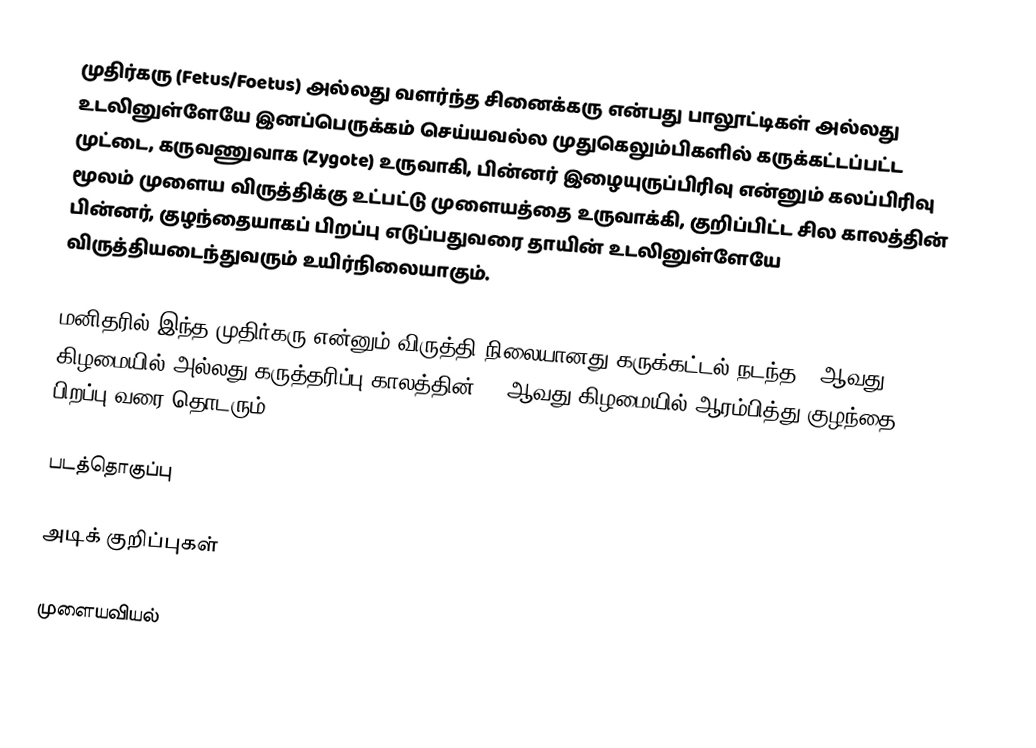
முதிர்கரு (Fetus/Foetus) அல்லது வளர்ந்த சினைக்கரு என்பது பாலூட்டிகள் அல்லது உடலினுள்ளேயே இனப்பெருக்கம் செய்யவல்ல முதுகெலும்பிகளில் கருக்கட்டப்பட்ட முட்டை, கருவணுவாக (Zygote) உருவாகி, பின்னர் இழையுருப்பிரிவு என்னும் கலப்பிரிவு மூலம் முளைய விருத்திக்கு உட்பட்டு முளையத்தை உருவாக்கி, குறிப்பிட்ட சில காலத்தின் பின்னர், குழந்தையாகப் பிறப்பு எடுப்பதுவரை தாயின் உடலினுள்ளேயே விருத்தியடைந்துவரும் உயிர்நிலையாகும்.

மனிதரில் இந்த முதிர்கரு என்னும் விருத்தி நிலையானது கருக்கட்டல் நடந்த 9 ஆவது கிழமையில் அல்லது கருத்தரிப்பு காலத்தின் 11 ஆவது கிழமையில் ஆரம்பித்து குழந்தை பிறப்பு வரை தொடரும்.

படத்தொகுப்பு

அடிக் குறிப்புகள்

முளையவியல்